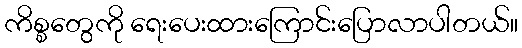
ကိစ္စတွေကို ရေးပေးထားကြောင်းပြောလာပါတယ်။